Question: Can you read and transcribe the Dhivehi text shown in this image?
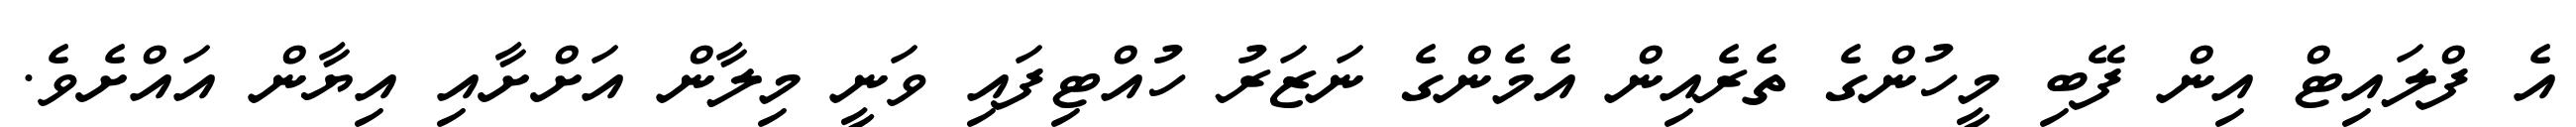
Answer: އެ ފްލައިޓް އިން ފޭބި މީހުންގެ ތެރެއިން އެމެންގެ ނަޒަރު ހުއްޓިފައި ވަނީ މިލާން އަށްށާއި އިޔާން އައްށެވެ.